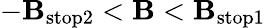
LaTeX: -\mathbf{B}_{\mathrm{{stop2}}}<\mathbf{B}<\mathbf{B}_{\mathrm{{stop1}}}